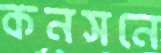
কনসনে